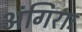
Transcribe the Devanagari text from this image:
अंगिराः